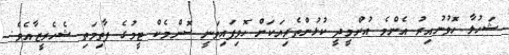
ޝަހުލާ ހޮވުނުއިރު އެންމެ އުންމީދީ ކުޅުންތެރިޔަކަށް ހޮވިފައިވަނީ ސޮންމެކް ޓީމުގެ ފާތިމަތި ޝެހެރީޒާއެވެ.